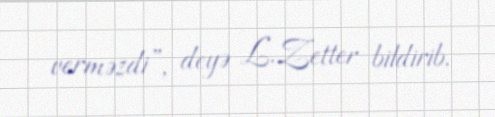
verməzdi”, deyə L.Zetter bildirib.